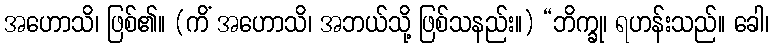
အဟောသိ၊ ဖြစ်၏။ (ကိံ အဟောသိ၊ အဘယ်သို့ ဖြစ်သနည်း။) “ဘိက္ခု၊ ရဟန်းသည်။ ခေါ၊